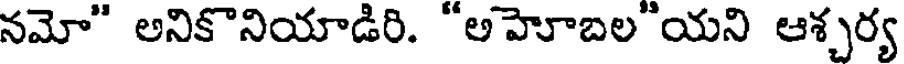
నమో" అనికొనియాడిరి. "అహెూబల"యని ఆశ్చర్య